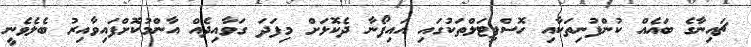
ޗައިނާގެ ބައެއް ކުންފުނިތަކާއި ހޮސްޕިޓަލްތަކުގައި އައިފޯނާ ދެކޮޅަށް މިފަދަ ގަވާއިދެއް އާންމުކޮށްފައިވާއިރު ބެލެވެނީ